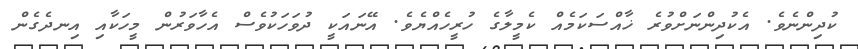
ކުދިންނެވެ. އެކުދިންނަށްވުރެ ޚާއްސަކަމެއް ކެމީލާގެ ހުރީހެއްޔެވެ. އޭނައަކީ ދުވަހަކުވެސް އެހާވަރުން މީހަކާއި އިނދެގެން